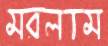
মরলাম